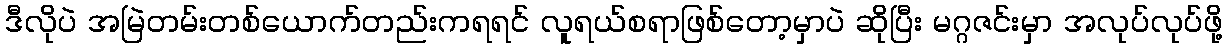
ဒီလိုပဲ အမြဲတမ်းတစ်ယောက်တည်းကရရင် လူရယ်စရာဖြစ်တော့မှာပဲ ဆိုပြီး မဂ္ဂဇင်းမှာ အလုပ်လုပ်ဖို့